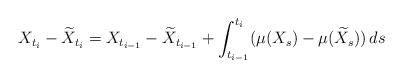
LaTeX: \begin{align*}X_{t_i}-\widetilde X_{t_i} = X_{t_{i-1}}-\widetilde X_{t_{i-1}} + \int_{t_{i-1}}^{t_i} (\mu(X_s)-\mu(\widetilde X_s))\, ds\end{align*}